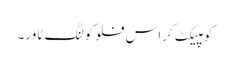
کومپیکٹ کراس فلو کولنگ ٹاور۔